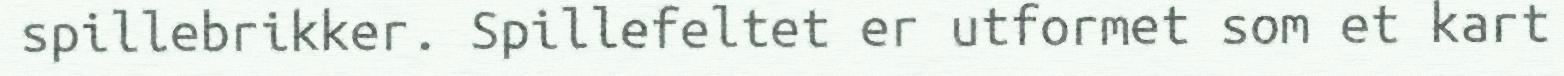
spillebrikker. Spillefeltet er utformet som et kart